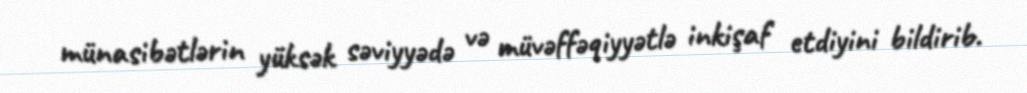
münasibətlərin yüksək səviyyədə və müvəffəqiyyətlə inkişaf etdiyini bildirib.